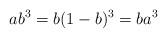
LaTeX: \begin{align*}ab^3=b(1-b)^3=ba^3\end{align*}